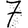
Digit: 7